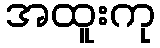
အထူးကု